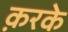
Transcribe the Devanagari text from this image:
क़रके